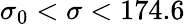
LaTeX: \sigma_{0}<\sigma<174.6